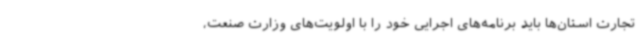
تجارت استان‌ها باید برنامه‌های اجرایی خود را با اولویت‌های وزارت صنعت،